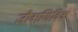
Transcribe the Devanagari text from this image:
जीवाणिविक